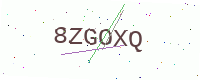
Text: 8ZGOXQ